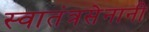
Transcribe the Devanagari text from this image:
स्वातंत्रसेनानी